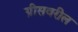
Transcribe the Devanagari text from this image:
ग्रीसवरील